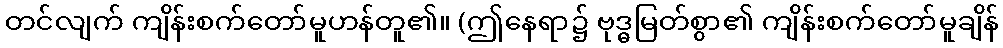
တင်လျက် ကျိန်းစက်တော်မူဟန်တူ၏။ (ဤနေရာ၌ ဗုဒ္ဓမြတ်စွာ၏ ကျိန်းစက်တော်မူချိန်